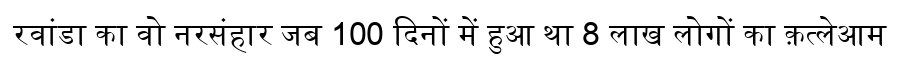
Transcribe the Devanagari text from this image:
रवांडा का वो नरसंहार जब 100 दिनों में हुआ था 8 लाख लोगों का क़त्लेआम